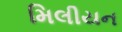
મિલીયન